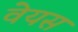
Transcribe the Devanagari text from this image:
वेयस